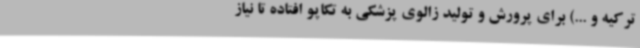
ترکیه و ...) برای پرورش و تولید زالوی پزشکی به تکاپو افتاده تا نیاز